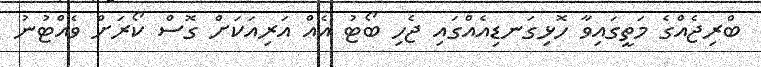
ބްރިޖެއްގެ މަތީގައިވާ ހޮޅިގަނޑިއެއްގައި ޖެހި ބޯޓު އެއް އަރިއަކަށް ގޮސް ކޯރަށް ވެއްޓުނު